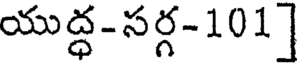
యుద్ధ-సర్గ-101]